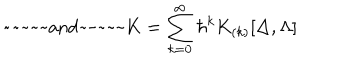
LaTeX: \mathrm { ~ ~ a n d ~ ~ } K = \sum _ { k = 0 } ^ { \infty } \hbar ^ { k } K _ { ( k ) } [ \Delta , \Lambda ]